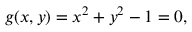
g ( x , y ) = x ^ { 2 } + y ^ { 2 } - 1 = 0 ,